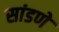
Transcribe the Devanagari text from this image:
सांडणे